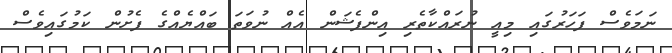
ނަމަވެސް ފަހަރުގައި މިއީ ނުރައްކާތެރި އިންފެޝަން އެއް ނުވަތަ ބައްޔެއްގެ ފެށުން ކަމުގައިވެސް